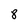
Character: 8